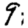
Digit: 9